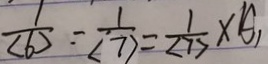
\frac { 1 } { ( b ) } = \frac { 1 } { ( 7 ) } = \frac { 1 } { ( 7 ) } \times A